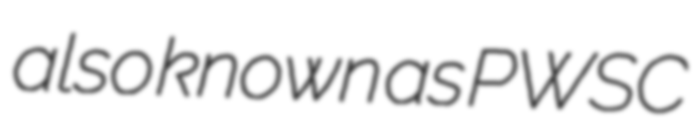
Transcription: also known as PWSC